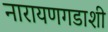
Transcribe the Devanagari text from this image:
नारायणगडाशी